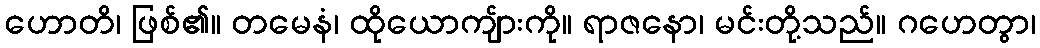
ဟောတိ၊ ဖြစ်၏။ တမေနံ၊ ထိုယောကျ်ားကို။ ရာဇနော၊ မင်းတို့သည်။ ဂဟေတွာ၊